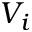
V _ { i }